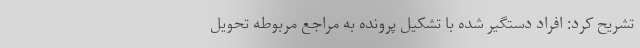
تشریح کرد: افراد دستگیر شده با تشکیل پرونده به مراجع مربوطه تحویل